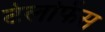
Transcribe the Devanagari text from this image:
टेलफिंस